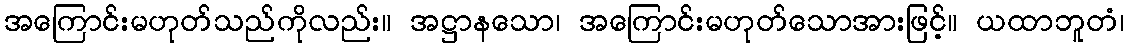
အကြောင်းမဟုတ်သည်ကိုလည်း။ အဋ္ဌာနသော၊ အကြောင်းမဟုတ်သောအားဖြင့်။ ယထာဘူတံ၊